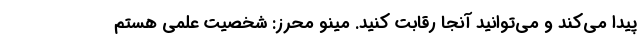
پیدا می‌کند و می‌توانید آنجا رقابت کنید. مینو محرز: شخصیت علمی هستم